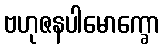
ဗဟုဇနပါမောက္ခော